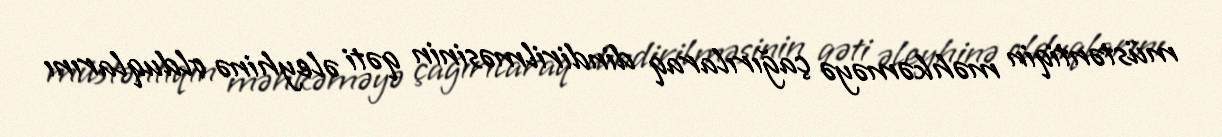
müstəntiqin məhkəməyə çağırılaraq dindirilməsinin qəti əleyhinə olduqlarını